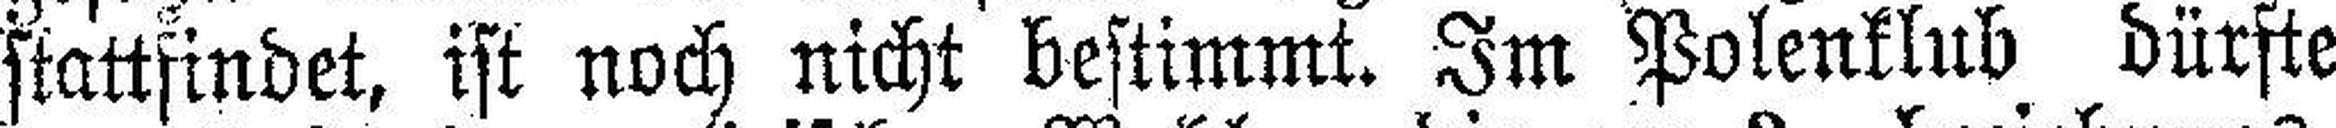
stattfindet, ist noch nicht bestimmt. Im Polenklub dürfte